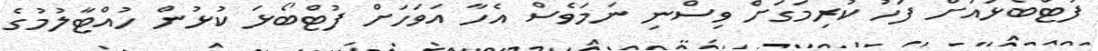
ފުޓްބޯޅައަށް ފަހު ކުރިމަގަށް ވިސްނި ނަމަވެސް އެހާ އަވަހަށް ފުޓްބޯޅަ ކުޅުން ހުއްޓާލުމުގެ